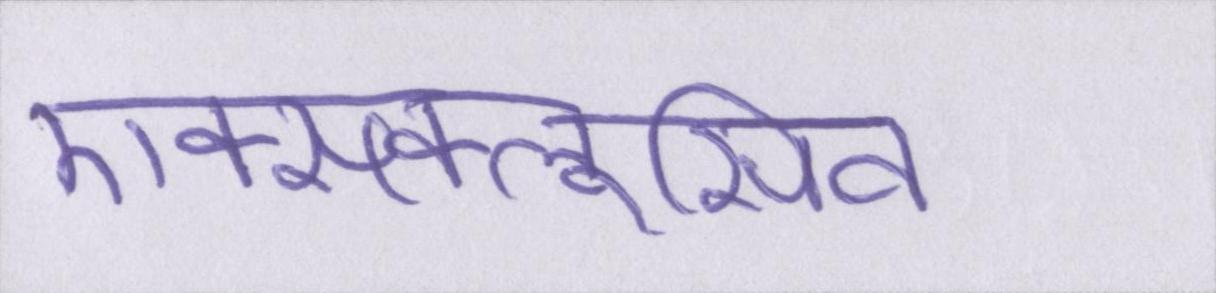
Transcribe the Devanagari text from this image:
एक्सक्लूसिव